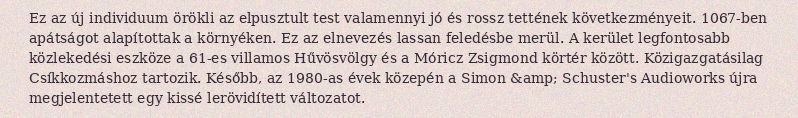
Ez az új individuum örökli az elpusztult test valamennyi jó és rossz tettének következményeit. 1067-ben apátságot alapítottak a környéken. Ez az elnevezés lassan feledésbe merül. A kerület legfontosabb közlekedési eszköze a 61-es villamos Hűvösvölgy és a Móricz Zsigmond körtér között. Közigazgatásilag Csíkkozmáshoz tartozik. Később, az 1980-as évek közepén a Simon &amp; Schuster's Audioworks újra megjelentetett egy kissé lerövidített változatot.